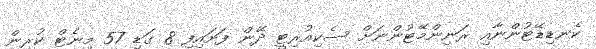
ކެނޑިޑޭޓުންނާއި ރަނިންމޭޓުންނަށް ސެކިއުރިޓީ ދޭން ފަށައިފި 8 ގަޑި 57 މިނެޓް ކުރިން